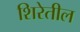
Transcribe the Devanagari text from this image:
शिरेतील